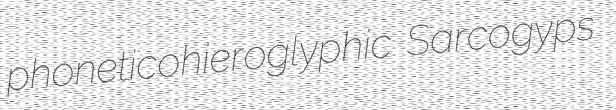
phoneticohieroglyphic Sarcogyps